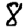
Digit: 8